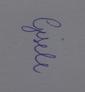
Signature authenticity: genuine